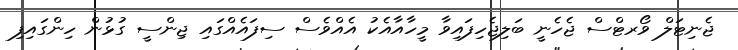
ޖެނިޓަލް ވޯރޓްސް ޖެހެނީ ބަލިޖެހިފައިވާ މީހާއާއެކު އެއްވެސް ސިފައެއްގައި ޖިންސީ ގުޅުން ހިންގައިފި